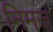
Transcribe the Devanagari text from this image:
निमज